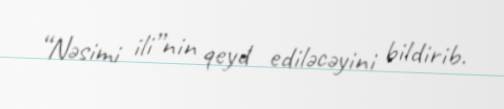
“Nəsimi ili”nin qeyd ediləcəyini bildirib.